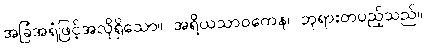
အခြံအရံဖြင့်အလိုရှိသော။ အရိယသာဝကေန၊ ဘုရားတပည့်သည်။